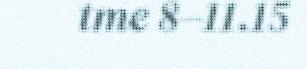
tme 8–11.15